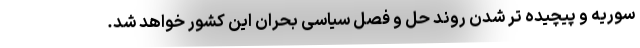
سوریه و پیچیده تر شدن روند حل و فصل سیاسی بحران این کشور خواهد شد.